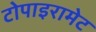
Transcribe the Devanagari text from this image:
टोपाइरामेट